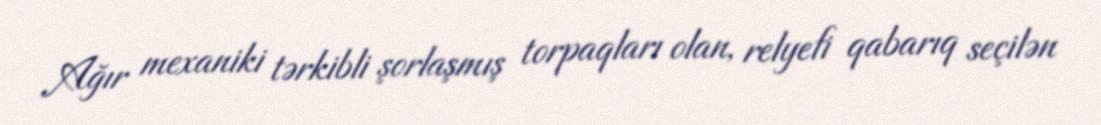
Ağır mexaniki tərkibli şorlaşmış torpaqları olan, relyefi qabarıq seçilən